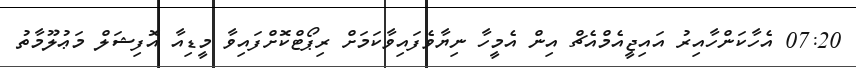
07:20 އެހާކަންހާއިރު އައިޖީއެމްއެޗް އިން އެމީހާ ނިޔާވެފައިވާކަމަށް ރިޕޯޓްކޮށްފައިވާ މީޑިއާ އޮފިޝަލް މަޢުލޫމާތު